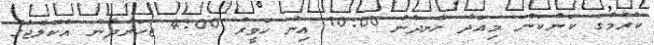
ކުރުމުގެ ކަންކަން މިއަދު ހެނދުނު 10:00 އިން ހަވީރު 4:00 ޖަހަންދެން އެކޮލެޖުގެ